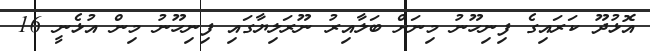
އޮޅުދޫ ކަރައިގެ ފިނިހޫނު މިނަށް ބަލާއިރު ނޫރަލިޔާގައި ފިނިހޫނު މިން އުޅެނީ 16